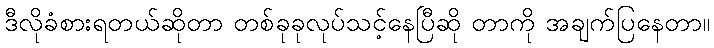
ဒီလိုခံစားရတယ်ဆိုတာ တစ်ခုခုလုပ်သင့်နေပြီဆို တာကို အချက်ပြနေတာ။